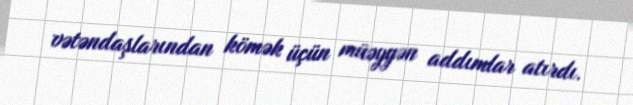
vətəndaşlarından kömək üçün müəyyən addımlar atırdı.